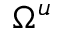
\Omega ^ { u }